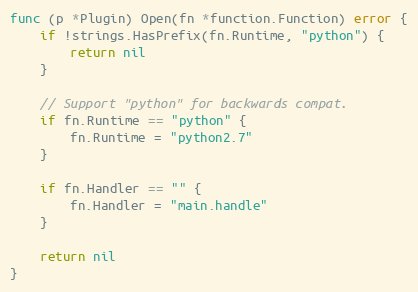
Language: Go
func (p *Plugin) Open(fn *function.Function) error {
	if !strings.HasPrefix(fn.Runtime, "python") {
		return nil
	}

	// Support "python" for backwards compat.
	if fn.Runtime == "python" {
		fn.Runtime = "python2.7"
	}

	if fn.Handler == "" {
		fn.Handler = "main.handle"
	}

	return nil
}